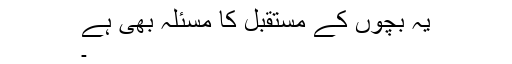
یہ بچوں کے مستقبل کا مسئلہ بھی ہے
۔